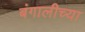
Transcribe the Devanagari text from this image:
बंगालीच्या